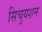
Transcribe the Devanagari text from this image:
सिचुयशन